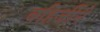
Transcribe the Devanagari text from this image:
बहिर्जीने